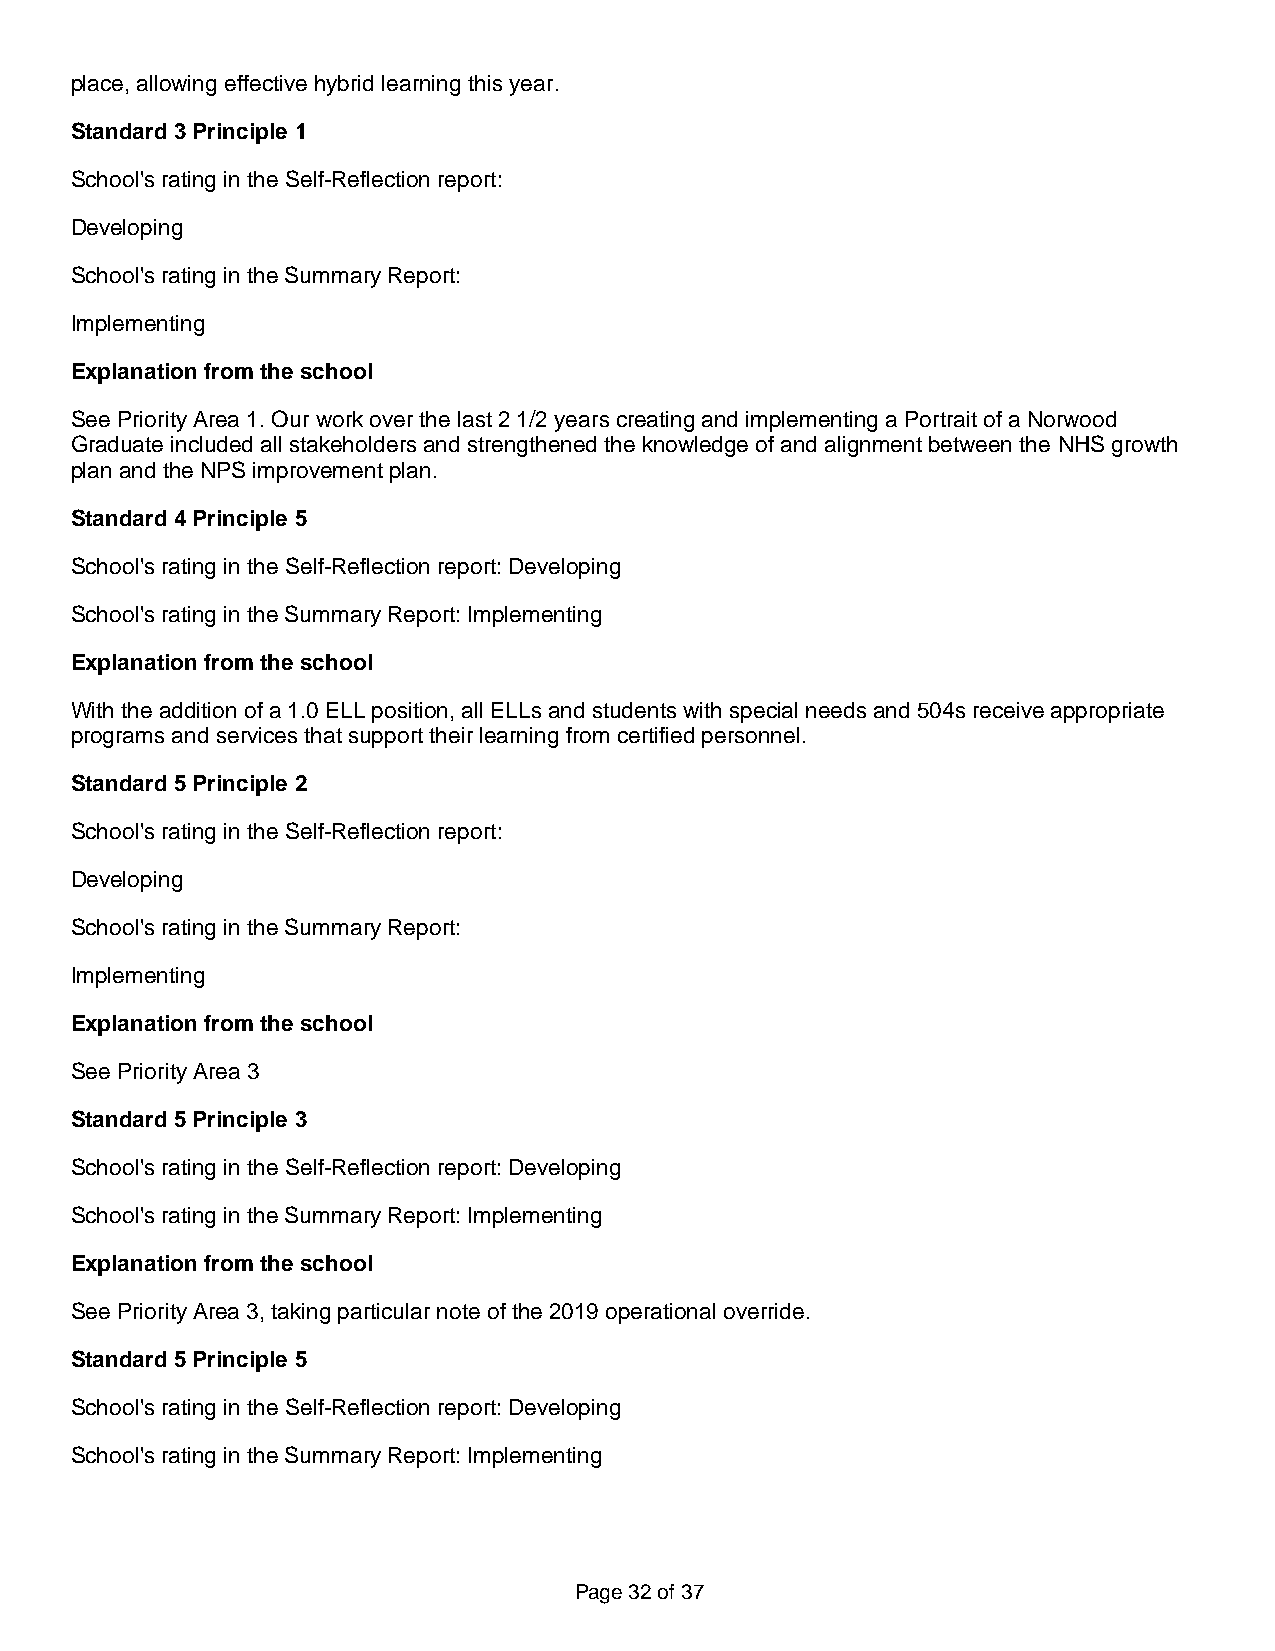
place, allowing effective hybrid learning this year.
 Standard 3 Principle 1
 School's rating in the Self-Reflection report:
 Developing
 School's rating in the Summary Report:
 Implementing
 Explanation from the school
 See Priority Area 1. Our work over the last 2 1/2 years creating and implementing a Portrait of a Norwood
 Graduate included all stakeholders and strengthened the knowledge of and alignment between the NHS growth
 plan and the NPS improvement plan.
 Standard 4 Principle 5
 School's rating in the Self-Reflection report: Developing
 School's rating in the Summary Report: Implementing
 Explanation from the school
 With the addition of a 1.0 ELL position, all ELLs and students with special needs and 504s receive appropriate
 programs and services that support their learning from certified personnel.
 Standard 5 Principle 2
 School's rating in the Self-Reflection report:
 Developing
 School's rating in the Summary Report:
 Implementing
 Explanation from the school
 See Priority Area 3
 Standard 5 Principle 3
 School's rating in the Self-Reflection report: Developing
 School's rating in the Summary Report: Implementing
 Explanation from the school
 See Priority Area 3, taking particular note of the 2019 operational override.
 Standard 5 Principle 5
 School's rating in the Self-Reflection report: Developing
 School's rating in the Summary Report: Implementing
 Page 32 of 37